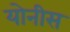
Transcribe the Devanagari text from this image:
योनीस